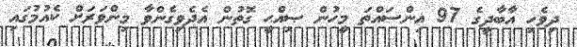
ދިވެހި އާބާދީގެ 97 އިންސައްތަ މީހުން ޞިއްޙީ ގޮތުން އެދެވިގެންވާ މިންވަރަށް ކެއުމުގައި